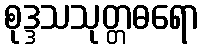
စုဒ္ဒသသုတ္တဓရော